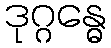
ဒုဂ္ဂန္ဓေ